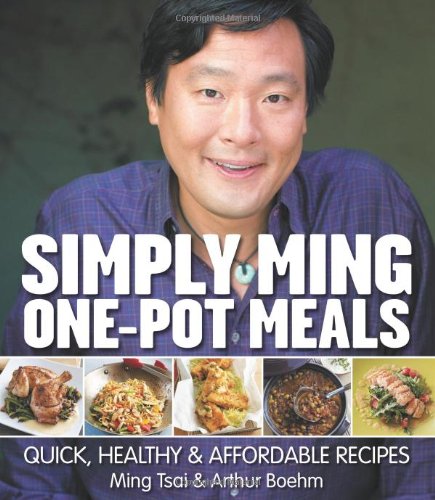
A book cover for Simply Ming One-Pot Meals: Quick, Healthy & Affordable Recipes; Ming Tsai; Cookbooks, Food & Wine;